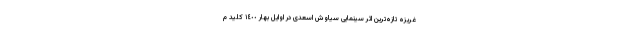
غریزه تازه‌ترین اثر سینمایی سیاوش اسعدی در اوایل بهار ١٤٠٠ کلید م